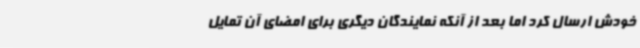
خودش ارسال کرد اما بعد از آنکه نمایندگان دیگری برای امضای آن تمایل